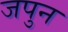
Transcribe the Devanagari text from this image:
जपुन